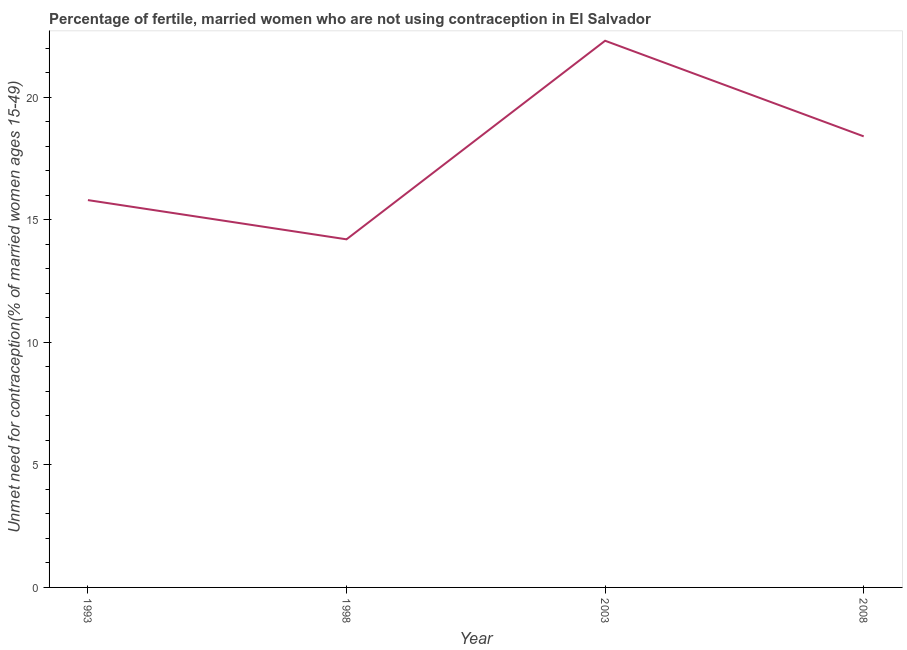
| Year | Unmet need for contraception |
 | --- | --- |
 | 1993 | 15.8 |
 | 1998 | 14.2 |
 | 2003 | 22.3 |
 | 2008 | 18.4 |